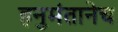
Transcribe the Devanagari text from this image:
हनुमंतानेच